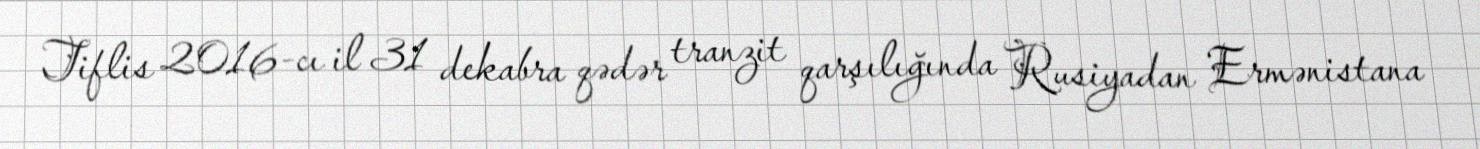
Tiflis 2016-cı il 31 dekabra qədər tranzit qarşılığında Rusiyadan Ermənistana